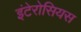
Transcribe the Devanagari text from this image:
इंटेरोसियस